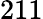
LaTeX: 211